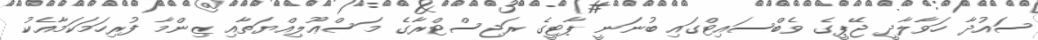
ސައުދާ ހަވާލާދީ ޖޭޕީގެ ވެބްސައިޓްގައި ބުނަނީ ޕާޓީގެ ރަޖިސްޓްރާގެ މަސްޢޫލިއްޔަތާއި ޒިންމާ ފުރިހަމަކަމާއެކު